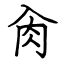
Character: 肏